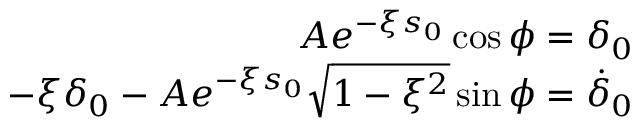
\begin{array} { r } { A e ^ { - \xi s _ { 0 } } \cos \phi = \delta _ { 0 } } \\ { - \xi \delta _ { 0 } - A e ^ { - \xi s _ { 0 } } \sqrt { 1 - \xi ^ { 2 } } \sin \phi = \dot { \delta } _ { 0 } } \end{array}